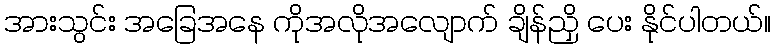
အားသွင်း အခြေအနေ ကိုအလိုအလျောက် ချိန်ညှိ ပေး နိုင်ပါတယ်။